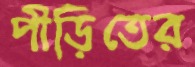
পীড়িতের